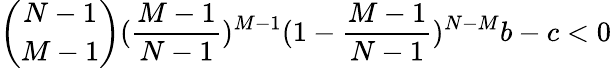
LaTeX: \binom{N-1}{M-1}(\frac{M-1}{N-1})^{M-1}(1-\frac{M-1}{N-1})^{N-M}b-c<0